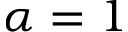
\alpha = 1